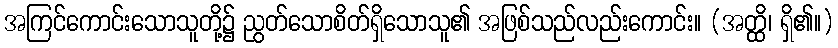
အကြင်ကောင်းသောသူတို့၌ ညွတ်သောစိတ်ရှိသောသူ၏ အဖြစ်သည်လည်းကောင်း။ (အတ္ထိ၊ ရှိ၏။)